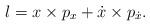
LaTeX: \begin{align*}l=x\times p_{x}+\dot{x}\times p_{\dot{x}}. \end{align*}